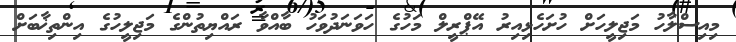
މިއިސްލާހު މަޖިލީހަށް ހުށަހެޅިއިރު އޭޕްރީލް މަހުގެ ހަވަނަދުވަހު ބާއްވާ ރައްޔިތުންގެ މަޖިލީހުގެ އިންތިޚާބަށް